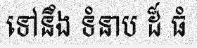
ទៅនឹង ទំនាប ដ៏ ធំ